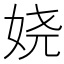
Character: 娆